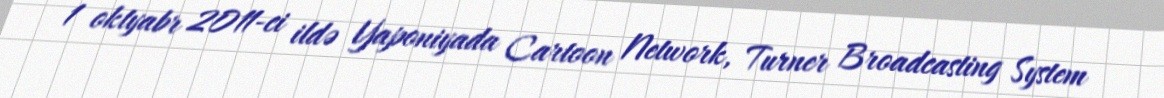
1 oktyabr 2011-ci ildə Yaponiyada Cartoon Network, Turner Broadcasting System